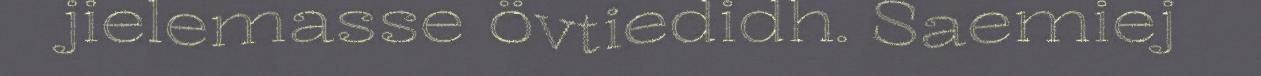
jielemasse övtiedidh. Saemiej